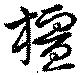
橿